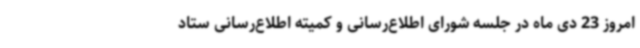
امروز 23 دی ماه در جلسه شورای اطلاع‌رسانی و کمیته اطلاع‌رسانی ستاد